Vital statistics of India. Vol. IV, Annual returns from 1871 to 1876. British Army of India, Native Army and jails of Bengal
Year: 1871
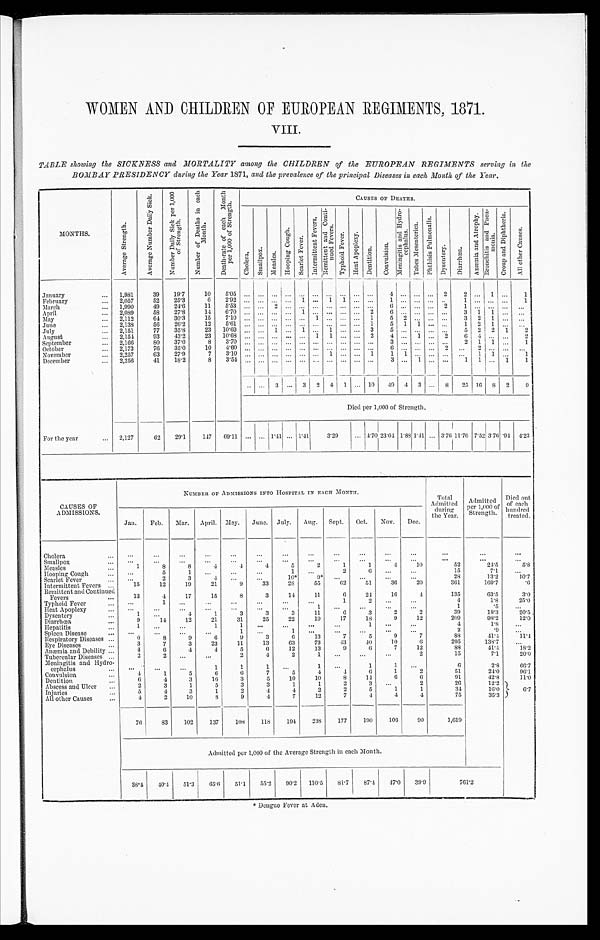
WOMEN AND CHILDREN OF EUROPEAN REGIMENTS, 1871.
VIII.
TABLE showing the SICKNESS and MORTALITY among the CHILDREN of the EUROPEAN REGIMENTS serving in the
BOMBAY PRESIDENCY during the Year 1871, and the prevalence of the principal Diseases in each Month of the Year.
MONTHS.
A v e r a g e S t r e n g t h .
A v e r a g e N u m b e r D a i l y S i c k .
N u m b e r D a i l y S i c k p e r 1 , 0 0 0 o f S t r e n g t h .
N u m b e r o f D e a t h s i n e a c h M o n t h .
D e a t h - r a t e o f e a c h M o n t h p e r 1 , 0 0 0 o f S t r e n g t h .
CAUSES OF DEATHS.
Ch o l e r a .
Smal l pox.
Me a s l e s .
H o o p i n g C o u g h . S c a r l e t F e v e r .
I n t e r m i t t e n t F e v e r s .
R e m i t t e n t a n d C o n t i - n u e d F e v e r s .
T y p h o i d F e v e r . H e a t A p o p l e x y .
D e n t i t i o n . C o n v u l s i o n .
M e n i n g i t i s a n d H y d r o - c e p h a l u s .
T a b e s M e s e n t e r i e a .
P h t h i s i s P u l m o n a l i s . Dysent er y.
D i a r r h œ a .
A n æ m i a a n d A t r o p h y .
B r o n c h i t i s a n d P n e u - m o n i a .
C r o u p a n d D i p h t h e r i a .
A l l o t h e r C a u s e s .
January
1,981
39
19·7
1 0
5 · 0 5
... ... ... ... ... ... ... ... ... ...
4
...
... ...
2
2 ...
1 ...
1
February
2,057
52
25·3
6
2 · 9 2
... ... ... ... 1 ... 1 1 ... ...
1 ... ... ... ...
1 ... ... ...
1
March
1,990
49
24·6
11
5·53 ... ...
2 ... ... ... ... ... ... ...
6 ... ... ...
2
1 ... ... ... ...
April
2,089
58 27·8
14
6·70 ... ... ... ... 1 ... ... ... ...
2
6 ... ... ... ...
3 1 1 ... ...
May
2,112
64
30·3
15
7·10 ... ... ... ... ... 1 ... ... ... 1
5 2 ... ... ...
3 2 1 ... ...
June
2,138
56
26·2
12 5·61 ... ... ... ... ... ... ... ... ... 1
5 1 1 ... ...
1 2 1 ... ...
July
2,151
77
35·8
23 10·69 ... ... 1 ... 1 ...
1 ... ...
3
5 ... ... ... ...
5 2 2
1
2
August
2,154
93 43·2
23 10·68 ... ... ... ... ... 1 1 ... ... 2
4 ...
1 ... 2
6 4 ... ...
2
Se p t e mb e r 2,166
80
37·0
8 3·70 ... ... ... ... ... ... ... ... ... ...
3 ... ... ... ...
2 1 1 ...
1
October
2,173
76
35·0
10 4·60 ... ... ... ... ... ... ... ... ... ...
6 ... ... ... 2 ...
2 ... ... ...
November
2,257
63
27·9
7
3·10 ... ... ... ... ... ...
1 ... ...
1
1 1 ... ... ... ...
1 1 ...
1
December
2,256
41
18·2
8
3 · 5 4
... ... ... ... ... ...
... ...
...
...
3 ...
1 ... ...
1 1 . . .
1
1
... ...
3 ... 3
2 4 1 ... 1 0
4 9 4 3 ... 8
2 5 1 6 8 2
9
Died per 1,000 of Strength.
For the year
2,127
62
29·1
147 69·11 ... ... 1·41 ... 1·41
3·29
. . . 4·70 2 3 · 0 4
1·88 1·41 ... 3·76 11·76 7·52 3·76 ·94
4 · 2 3
CAUSES OF
ADMISSIONS.
NUMBER OF ADMISSIONS INTO HOSPITAL IN EACH MONTH.
Total
Admitted
during
the Year.
Admitted
per 1,000 of
Strength.
Died out
of each
hundred
treated.
Jan. Feb. Mar. April. May. June. July. Aug. Sept. Oct. Nov. Dec.
Cholera
...
...
...
...
...
...
...
...
...
...
...
...
...
...
...
Smallpox
...
... ...
...
... ...
...
... ...
...
...
...
...
...
...
Measles
1
8
8
4
4
4
5
2
1
1
4
10
52
24·5
5·8
Hooping Cough
. . .
5
1 ...
...
...
1
. . .
2
6 ...
...
1 5
7·1
...
Scarl et Fever
...
2
3
4 ...
...
10*
9 * ...
...
...
2 8
2 8
13·2
10·7
Intermittent Fevers
15
12
19
21
9
33
28
55
62
51
36
20
361
169·7
·6
Remittent and Continued
Fevers
13
4
17
15
8
3
14
11
6
24
16
4
135
63·5
3·0
Typhoid Fever
... ...
...
...
...
...
...
...
1
2 ...
...
4
1·8
25·0
Heat Apoplex
...
...
...
...
... ...
... 1
...
... ...
...
1
· 5 ...
Dysentery
1
. . .
4
1
3
3
3
11
6
3
2
2
39
18·3
20·5
Diarrhœa
9
14
12
21
31
25
22
19
17
18
9
12
209
98·2
12·0
Hepatitis
1 ...
...
1
1 ...
...
...
...
1 ... ...
4
1·8
...
Spleen Disease
...
...
...
... 1
...
1 ...
...
...
...
...
2
·9 ...
Respiratory Diseases
6
8
9
6
9
3
6
13
7
5
9
7
88
41·4 11·4
Eye Diseases
3
7
3
23
11
13
63
73
43
40
10
6
295
138·7
...
Anæmia and Debility
4
6
4
4
5
6
12
13
9
6
7
12
88
41·4
18·2
Tubercular Diseases
2
2 ...
...
2
4
2
1 ...
...
...
2
15
7·1
20·0
Meningitis and Hydro-
cephalus
... ...
...
1
1
1 ...
1 ...
1
1 ...
6
2·8
66·7
Convulsion
4
1
5
6
6
7
5
4
4
6
1
2
51
24.0
96·1
Dentition
6
4
3
16
3
5
10
10
8
14
6
6
91
42·8
11·0
Abscess and Ulcer
2
3
1
5
3
3
1
1
2
3
...
2
26
12·2 6·7
Injuries
5
4
3
1
2
4
4
2
2
5
1
1
3 4
16.0
All other Causes
4
2
10
8
9
4
7
12
7
4
4
4
75
35·3
76
83
102
137
108
118
194
238
177
190
106
90
1,619
Admitted per 1,000 of the Average Strength in each Month.
38·4 40·4 51·3 65·6 51·1
5 5 · 2
90·2 110·5 81·7
87·4 47·0 39·9
761·2